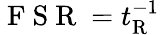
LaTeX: \mathrm{~F~S~R~}=t_{\mathrm{R}}^{-1}